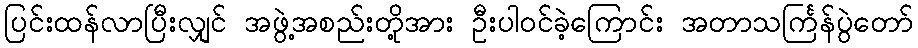
ပြင်းထန်လာပြီးလျှင် အဖွဲ့အစည်းတို့အား ဦးပါဝင်ခဲ့ကြောင်း အတာသင်္ကြန်ပွဲတော်